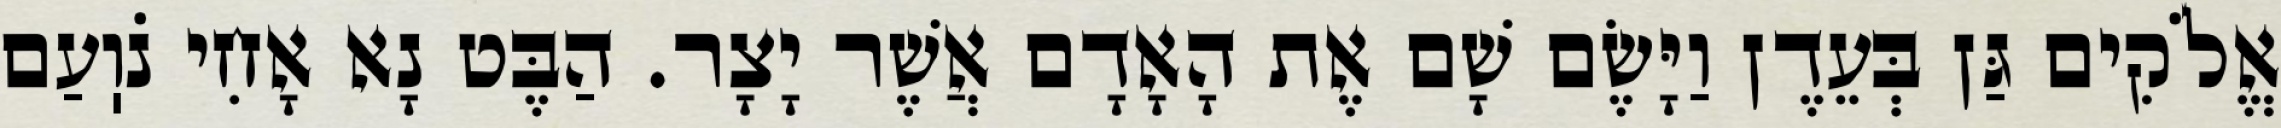
אֱלֹקִים גַּן בְּעֵדֶן וַיָּשֶׂם שָׁם אֶת הָאָדָם אֲשֶׁר יָצָר. הַבֶּט נָא אָחִי נֹוֽעַם